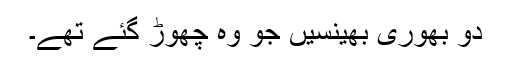
دو بھوری بھینسیں جو وہ چھوڑ گئے تھے۔